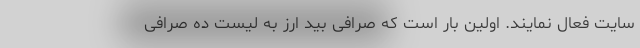
سایت فعال نمایند. اولین بار است که صرافی بید ارز به لیست ده صرافی